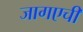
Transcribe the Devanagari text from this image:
जागएची